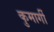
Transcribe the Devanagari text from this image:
कुमार्गी